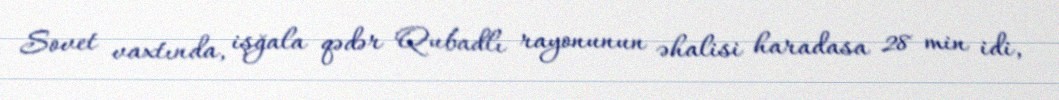
Sovet vaxtında, işğala qədər Qubadlı rayonunun əhalisi haradasa 28 min idi,